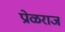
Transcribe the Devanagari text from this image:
प्रोळराज